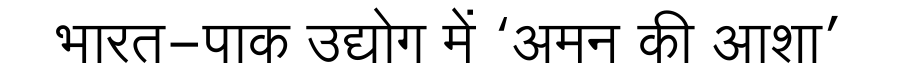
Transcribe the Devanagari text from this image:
भारत-पाक उद्योग में ‘अमन की आशा’